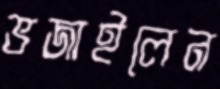
ভজাইলেন